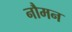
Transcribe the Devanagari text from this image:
नौमन